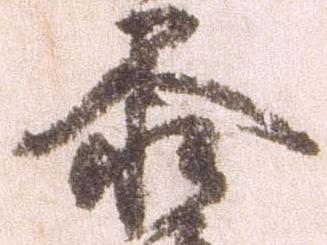
参